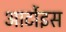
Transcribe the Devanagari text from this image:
आर्टोइस